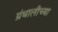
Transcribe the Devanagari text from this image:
ग्रंथालीच्‍या